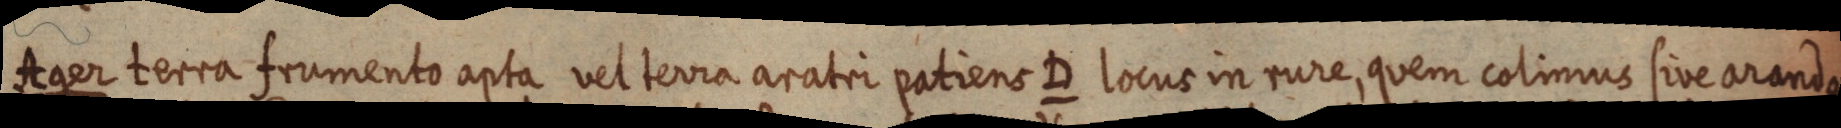
Ager terra frumento apta vel terra aratri patiens D locus in rure, quem colimus sive arando